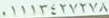
01113427278